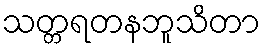
သတ္တရတနဘူသိတာ